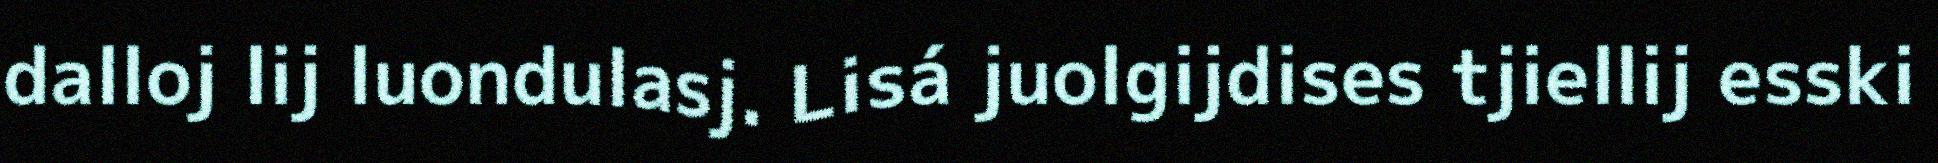
dalloj lij luondulasj. Lisá juolgijdises tjiellij esski